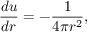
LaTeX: { \frac { d u } { d r } } = - { \frac { 1 } { 4 \pi r ^ { 2 } } } ,